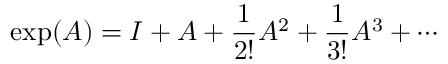
\exp ( A ) = I + A + { \frac { 1 } { 2 ! } } A ^ { 2 } + { \frac { 1 } { 3 ! } } A ^ { 3 } + \cdots